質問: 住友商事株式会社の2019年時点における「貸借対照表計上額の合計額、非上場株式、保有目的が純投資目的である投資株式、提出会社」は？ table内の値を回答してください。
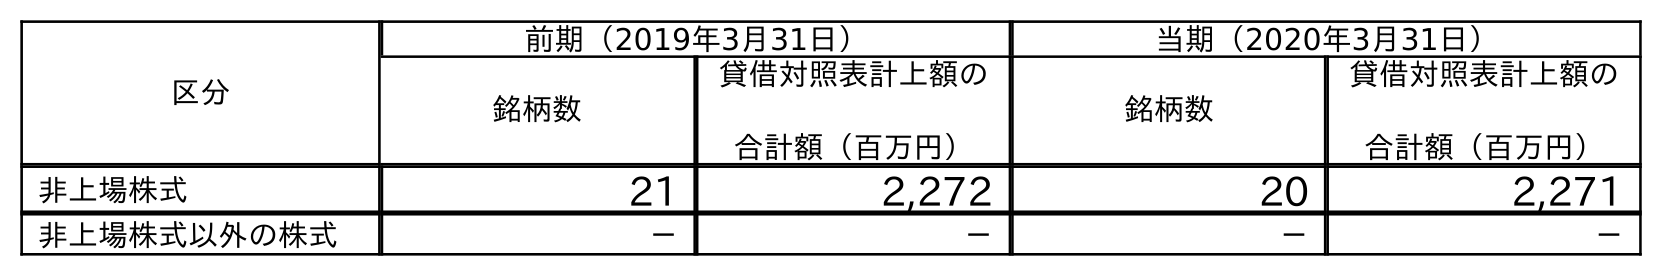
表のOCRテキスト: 区分 前期（2019年3月31日） 当期（2020年3月31日） 銘柄数 貸借対照表計上額の 合計額（百万円） 銘柄数 貸借対照表計上額の 合計額（百万円） 非上場株式 21 2,272 20 2,271 非上場株式以外の株式 － － － －
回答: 2,272